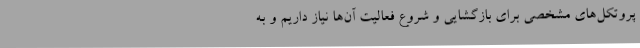
پروتکل‌های مشخصی برای بازگشایی و شروع فعالیت آن‌ها نیاز داریم و به